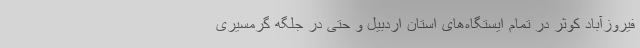
فیروزآباد کوثر در تمام ایستگاه‌های استان اردبیل و حتی در جلگه گرمسیری